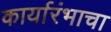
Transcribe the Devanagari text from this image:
कार्यारंभाचा